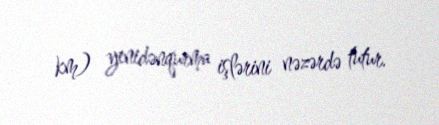
km) yenidənqurma işlərini nəzərdə tutur.